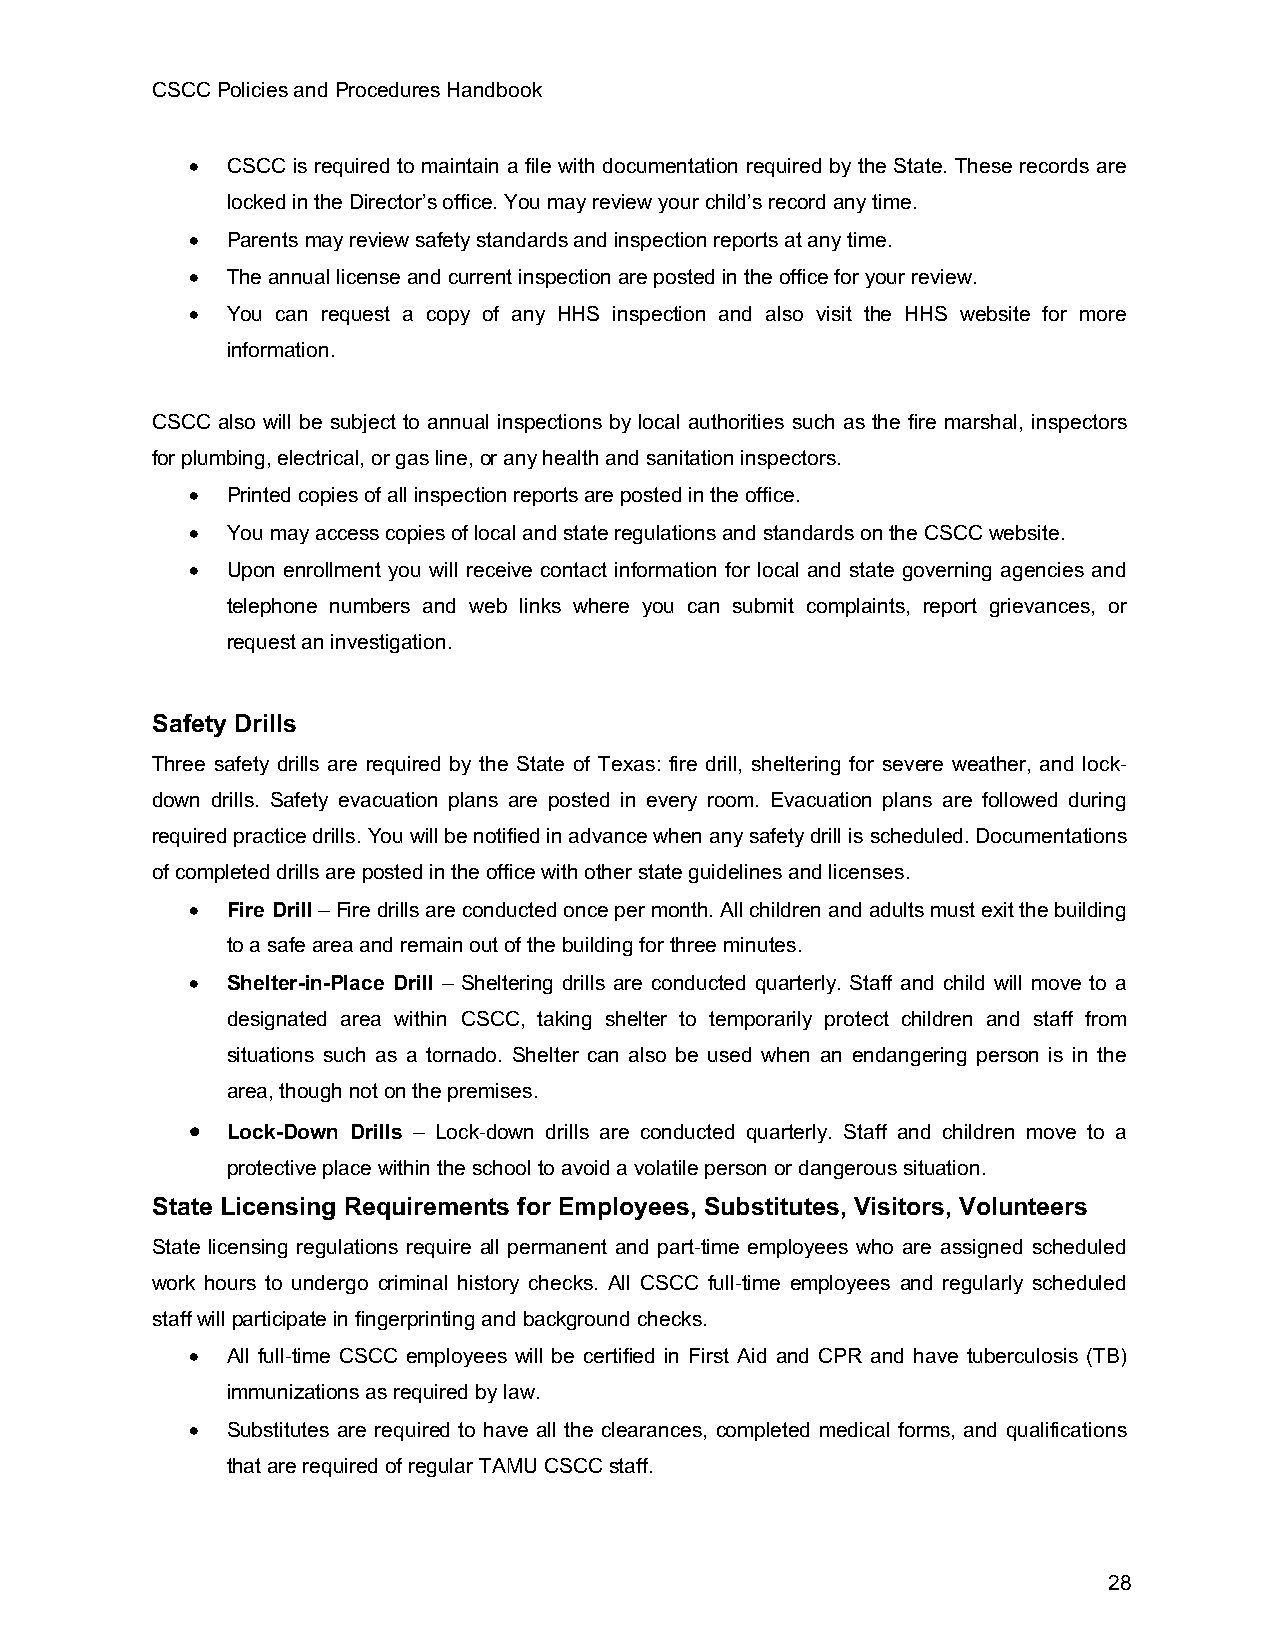
CSCC Policies and Procedures Handbook
 • CSCC is required to maintain a file with documentation required by the State. These records are
 locked in the Director’s office. You may review your child’s record any time.
 • Parents may review safety standards and inspection reports at any time.
 • The annual license and current inspection are posted in the office for your review.
 • You can request a copy of any HHS inspection and also visit the HHS website for more
 information.
 CSCC also will be subject to annual inspections by local authorities such as the fire marshal, inspectors
 for plumbing, electrical, or gas line, or any health and sanitation inspectors.
 • Printed copies of all inspection reports are posted in the office.
 • You may access copies of local and state regulations and standards on the CSCC website.
 • Upon enrollment you will receive contact information for local and state governing agencies and
 telephone numbers and web links where you can submit complaints, report grievances, or
 request an investigation.
 Safety Drills
 Three safety drills are required by the State of Texas: fire drill, sheltering for severe weather, and lock-
 down drills. Safety evacuation plans are posted in every room. Evacuation plans are followed during
 required practice drills. You will be notified in advance when any safety drill is scheduled. Documentations
 of completed drills are posted in the office with other state guidelines and licenses.
 • Fire Drill – Fire drills are conducted once per month. All children and adults must exit the building
 to a safe area and remain out of the building for three minutes.
 • Shelter-in-Place Drill – Sheltering drills are conducted quarterly. Staff and child will move to a
 designated area within CSCC, taking shelter to temporarily protect children and staff from
 situations such as a tornado. Shelter can also be used when an endangering person is in the
 area, though not on the premises.
 • Lock-Down Drills – Lock-down drills are conducted quarterly. Staff and children move to a
 protective place within the school to avoid a volatile person or dangerous situation.
 State Licensing Requirements for Employees, Substitutes, Visitors, Volunteers
 State licensing regulations require all permanent and part-time employees who are assigned scheduled
 work hours to undergo criminal history checks. All CSCC full-time employees and regularly scheduled
 staff will participate in fingerprinting and background checks.
 • All full-time CSCC employees will be certified in First Aid and CPR and have tuberculosis (TB)
 immunizations as required by law.
 • Substitutes are required to have all the clearances, completed medical forms, and qualifications
 that are required of regular TAMU CSCC staff.
 28